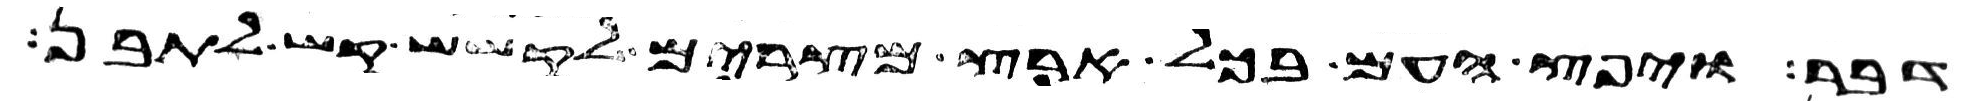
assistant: דבר ויפץ העם בכל ארץ מצרים לקשש קש לתבן